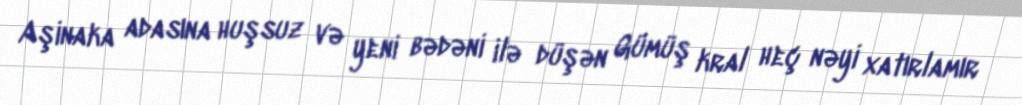
Aşinaka adasına huşsuz və yeni bədəni ilə düşən Gümüş kral heç nəyi xatırlamır